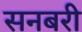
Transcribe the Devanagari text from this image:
सनबरी